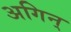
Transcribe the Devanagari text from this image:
अगिन्